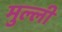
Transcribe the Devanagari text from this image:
मुल्ली